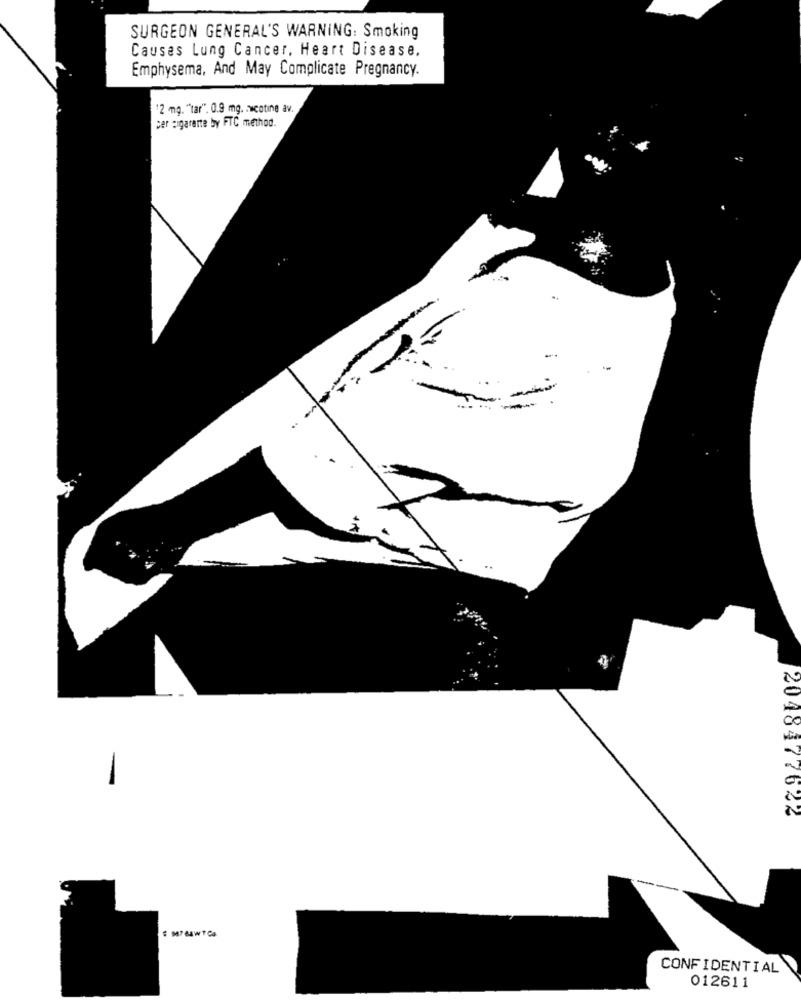
SURGEON GENERAL'S WARNING: Smoking
Causes Lung Cancer, Heart Disease.
Emphysema, And May Complicate Pregnancy.
12 mg. "tar". 0.9 mg. : wcotine av.
ser aigarante by FTC method.
2048477622
MTBAWTCa
CONFIDENTIAL
012611